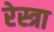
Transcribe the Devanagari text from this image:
रेस्त्रा